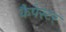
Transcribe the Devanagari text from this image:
कैपेस्टर